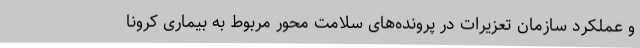
و عملکرد سازمان تعزیرات در پرونده‌های سلامت محور مربوط به بیماری کرونا